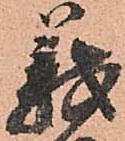
義